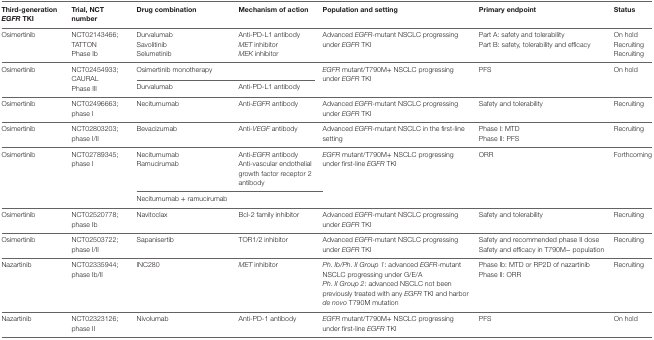
<table><thead><tr><td><b>Third-generation <i>EGFR</i> TKI</b></td><td><b>Trial, NCT number</b></td><td><b>Drug combination</b></td><td><b>Mechanism of action</b></td><td><b>Population and setting</b></td><td><b>Primary endpoint</b></td><td><b>Status</b></td></tr></thead><tbody><tr><td>Osimertinib</td><td>NCT02143466; TATTON Phase Ib</td><td>DurvalumabSavolitinibSelumetinib</td><td>Anti-PD-L1 antibody<i>MET</i> inhibitor<i>MEK</i> inhibitor</td><td>Advanced <i>EGFR</i>-mutant NSCLC progressing under <i>EGFR</i> TKI</td><td>Part A: safety and tolerabilityPart B: safety, tolerability and efficacy</td><td>On holdRecruitingRecruiting</td></tr><tr><td rowspan="2">Osimertinib</td><td rowspan="2">NCT02454933; CAURAL Phase III</td><td colspan="2">Osimertinib monotherapy</td><td rowspan="2"><i>EGFR</i> mutant/T790M+ NSCLC progressing under <i>EGFR</i> TKI</td><td rowspan="2">PFS</td><td rowspan="2">On hold</td></tr><tr><td>Durvalumab</td><td>Anti-PD-L1 antibody</td></tr><tr><td>Osimertinib</td><td>NCT02496663; phase I</td><td>Necitumumab</td><td>Anti-<i>EGFR</i> antibody</td><td>Advanced <i>EGFR</i>-mutant NSCLC progressing under <i>EGFR</i> TKI</td><td>Safety and tolerability</td><td>Recruiting</td></tr><tr><td>Osimertinib</td><td>NCT02803203; phase I/II</td><td>Bevacizumab</td><td>Anti-<i>VEGF</i> antibody</td><td>Advanced <i>EGFR</i>-mutant NSCLC in the first-line setting</td><td>Phase I: MTDPhase II: PFS</td><td>Recruiting</td></tr><tr><td rowspan="3">Osimertinib</td><td rowspan="3">NCT02789345; phase I</td><td>NecitumumabRamucirumab</td><td>Anti-<i>EGFR</i> antibodyAnti-vascular endothelial growth factor receptor 2 antibody</td><td rowspan="3"><i>EGFR</i> mutant/T790M+ NSCLC progressing under first-line <i>EGFR</i> TKI</td><td rowspan="3">ORR</td><td rowspan="3">Forthcoming</td></tr><tr><td>Necitumumab + ramucirumab</td></tr><tr><td>Osimertinib</td><td>NCT02520778; phase Ib</td><td>Navitoclax</td><td>Bcl-2 family inhibitor</td><td>Advanced <i>EGFR</i>-mutant NSCLC progressing under <i>EGFR</i> TKI</td><td>Safety and tolerability</td><td>Recruiting</td></tr><tr><td>Osimertinib</td><td>NCT02503722; phase I/II</td><td>Sapanisertib</td><td>TOR1/2 inhibitor</td><td>Advanced <i>EGFR</i>-mutant NSCLC progressing under <i>EGFR</i> TKI</td><td>Safety and recommended phase II doseSafety and efficacy in T790M− population</td><td>Recruiting</td></tr><tr><td>Nazartinib</td><td>NCT02335944; phase Ib/II</td><td>INC280</td><td><i>MET</i> inhibitor</td><td><i>Ph. Ib/Ph. II Group 1</i>: advanced <i>EGFR</i>-mutant NSCLC progressing under G/E/A<i>Ph. II Group 2</i>: advanced NSCLC not been previously treated with any <i>EGFR</i> TKI and harbor <i>de novo</i> T790M mutation</td><td>Phase Ib: MTD or RP2D of nazartinibPhase II: ORR</td><td>Recruiting</td></tr><tr><td>Nazartinib</td><td>NCT02323126; phase II</td><td>Nivolumab</td><td>Anti-PD-1 antibody</td><td><i>EGFR</i> mutant/T790M+ NSCLC progressing under first-line <i>EGFR</i> TKI</td><td>PFS</td><td>On hold</td></tr></tbody></table>